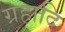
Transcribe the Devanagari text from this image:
ग्रहादि